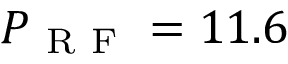
P _ { \mathrm { ~ R ~ F ~ } } = 1 1 . 6